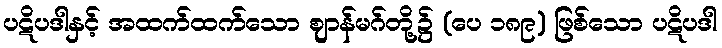
ပဋိပဒါနှင့် အထက်ထက်သော ဈာန်မဂ်တို့၌ (ပေ ၁၈၉) ဖြစ်သော ပဋိပဒါ